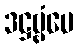
ဒဋ္ဌဗ္ဗံပေ